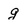
Character: g